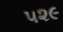
૫૨૯